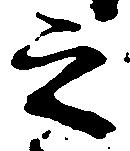
之